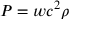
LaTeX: P = w c ^ { 2 } \rho